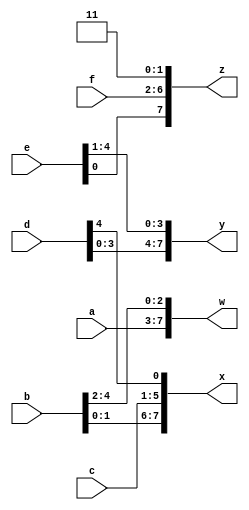
// Part selection was used to select portions of a vector. 
// Given several input vectors, concatenate them together then split them up into several output vectors. There are six 5-bit input vectors: a, b, c, d, e, and f, for a total of 30 bits of input. There are four 8-bit output vectors: w, x, y, and z, for 32 bits of output. The output should be a concatenation of the input vectors followed by two 1 bits: 
module top_module (
    input [4:0] a, b, c, d, e, f,
    output [7:0] w, x, y, z );//

    assign { w, x, y, z } = { a, b, c, d, e, f, 2'b11 };
    // assign { ... } = { ... };

endmodule